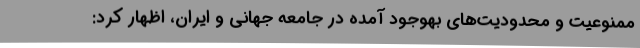
ممنوعیت و محدودیت‌های بهوجود آمده در جامعه جهانی و ایران، اظهار کرد: